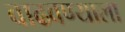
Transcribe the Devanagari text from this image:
वाढवण्याला